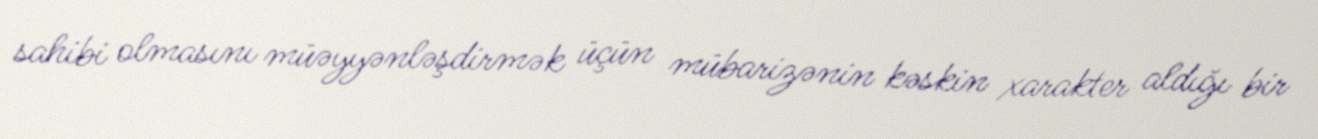
sahibi olmasını müəyyənləşdirmək üçün mübarizənin kəskin xarakter aldığı bir